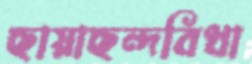
ছায়াছন্দবিধা